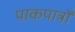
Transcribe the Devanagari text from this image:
पाकपात्रों